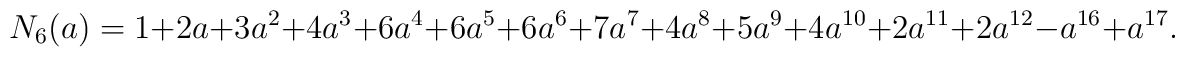
N_6(a)=1+2a+3a^2+4a^3+6a^4+6a^5+6a^6+7a^7+4a^8+5a^9+4a^{10}+2a^{11}+2a^{12}-a^{16}+a^{17}.